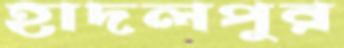
হাদলপুর